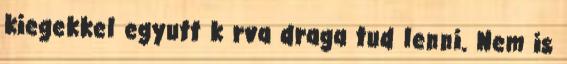
kiegekkel egyutt k rva draga tud lenni. Nem is